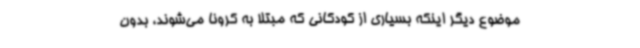
موضوع دیگر اینکه بسیاری از کودکانی که مبتلا به کرونا می‌شوند، بدون